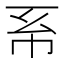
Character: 𢁴